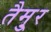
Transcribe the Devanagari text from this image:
तैमु्र